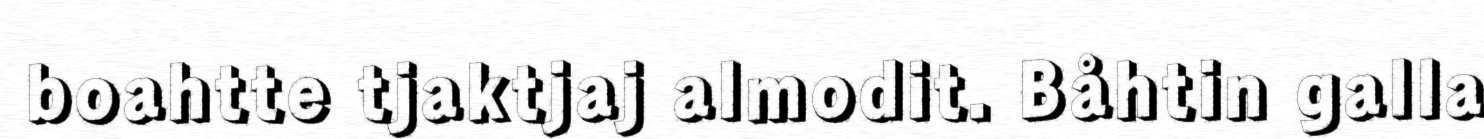
boahtte tjaktjaj almodit. Båhtin galla